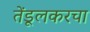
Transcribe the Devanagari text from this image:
तेंडूलकरचा